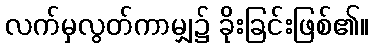
လက်မှလွတ်ကာမျှ၌ ခိုးခြင်းဖြစ်၏။